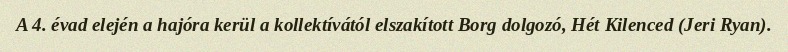
A 4. évad elején a hajóra kerül a kollektívától elszakított Borg dolgozó, Hét Kilenced (Jeri Ryan).